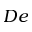
D e